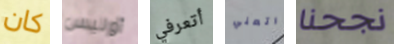
كان أوليس أتعرفي اتعني نجحنا